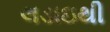
લડાઇથી